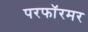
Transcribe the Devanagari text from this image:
परफॉरमर